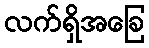
လက်ရှိအခြေ